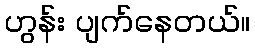
ဟွန်း ပျက်နေတယ်။